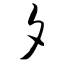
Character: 夕